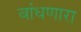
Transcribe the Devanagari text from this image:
बांधणारा